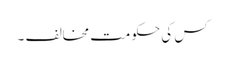
کس کی حکومت مخالف ۔